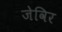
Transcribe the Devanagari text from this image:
जेविर